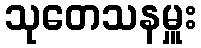
သုတေသနမှူး